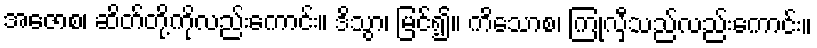
အဇောစ၊ ဆိတ်တို့ကိုလည်းကောင်း။ ဒိသွာ၊ မြင်၍။ ကိသောစ၊ ကြုံလှီသည်လည်းကောင်း။